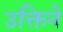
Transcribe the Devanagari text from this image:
उक्तिने